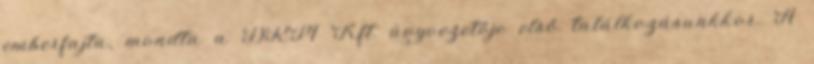
emberfajta, mondta a DRM Kft. ügyvezetője első találkozásunkkor. A